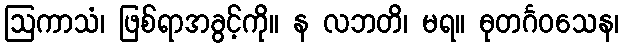
ဩကာသံ၊ ဖြစ်ရာအခွင့်ကို။ န လဘတိ၊ မရ။ ဓုတင်္ဂဝသေန၊